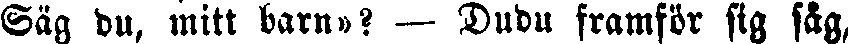
Säg du, mitt barn»? — Dudu framför sig såg,